Leaving Certificate Examination (including Day School Certificate (Higher) General paper), 1931
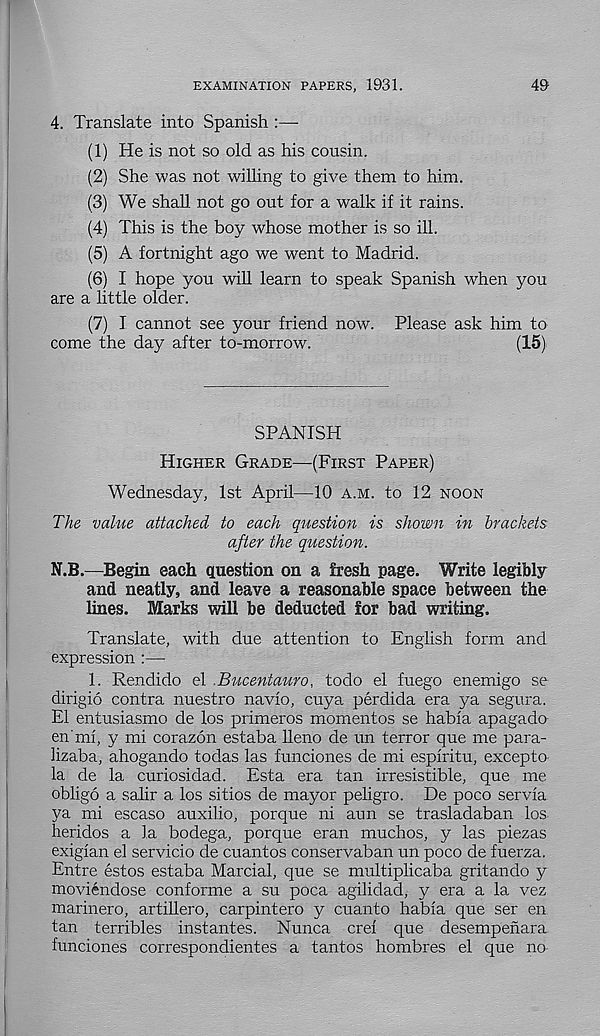
EXAMINATION PAPERS, 1931.
49
4. Translate into Spanish :—■
(1) He is not so old as his cousin.
(2) She was not willing to give them to him.
(3) We shall not go out for a walk if it rains.
(4) This is the boy whose mother is so ill.
(5) A fortnight ago we went to Madrid.
(6) I hope you will learn to speak Spanish when you
are a little older.
(7) I cannot see your friend now. Please ask him to
come the day after to-morrow.
(15)
SPANISH
Higher Grade—-(First Paper)
Wednesday, 1st April—10 a.m. to 12 noon
The value attached to each question is shown in brackets
after the question.
N.B.—Begin each question on a fresh page. Write legibly
and neatly, and leave a reasonable space between the
lines. Marks will be deducted for bad writing.
Translate, with due attention to English form and
expression —
1. Rendido el .Bucentauro, todo el fuego enemigo se
dirigio contra nuestro navio, cuya perdida era ya segura.
El entusiasmo de los primeros momentos se habia apagado
en'mi, y mi corazon estaba lleno de un terror que me para-
lizaba, ahogando todas las funciones de mi espiritu, excepto-
la de la curiosidad. Esta era tan irresistible, que me
oblige a salir a los sitios de mayor peligro. De poco servia
ya mi escaso auxilio, porque ni aun se trasladaban los
heridos a 3.a bodega, porque eran muchos, y las piezas
exigian el servicio de cuantos conservaban un poco de fuerza.
Entre estos estaba Marcial, que se multiplicaba gritando y
moviendose conforme a su poca agilidad, y era a la vez
marinero, artillero, carpintero y cuanto habia que ser en
tan terribles instantes. Nunca crei que desempefiara
funciones correspondientes a tantos hombres el que no